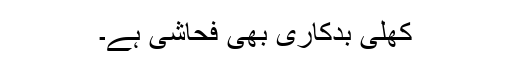
کھلی بدکاری بھی فحاشی ہے۔